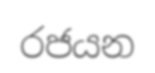
රජයන